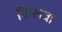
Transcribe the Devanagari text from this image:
विप्लवा